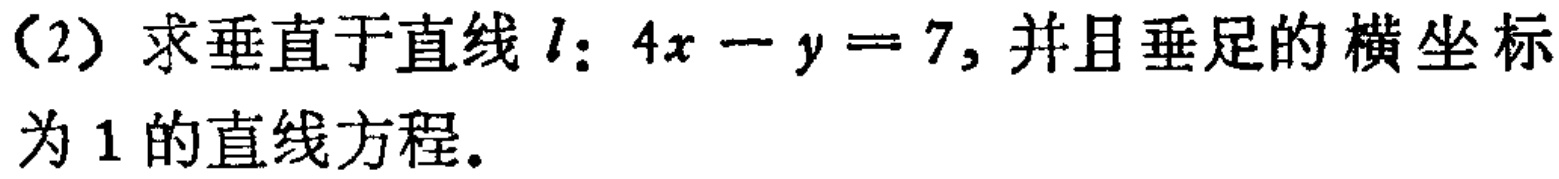
（2）求垂直于直线\(l:4x - y = 7\)，并且垂足的横坐标为\(1\)的直线方程。